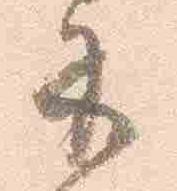
示